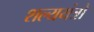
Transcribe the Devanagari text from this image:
शल्ययंत्रों